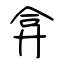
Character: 弇